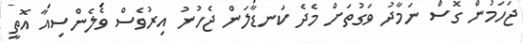
ޖަހަމުން ގޮސް ނަމާދު ވަގުތަށް މެދެ ކަނޑާލަން ޖެހުނު އިރުވެސް ވެލެންސިއާ އޮތީ